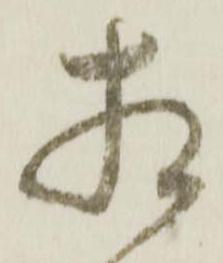
相